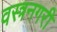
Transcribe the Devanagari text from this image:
वस्त्रनगरी